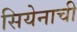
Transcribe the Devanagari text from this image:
सियेनाची